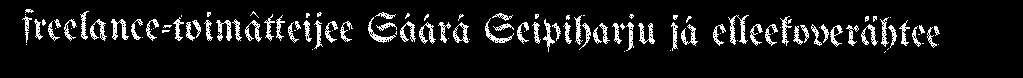
freelance-toimâtteijee Sáárá Seipiharju já elleekoverähtee